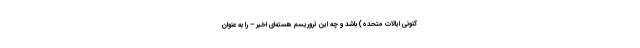
کنونی ایالات متحده) باشد و چه این تروریسم هسته‌ای اخیر – را به عنوان